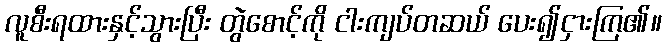
လူစီးရထားနှင့်သွားပြီး တွဲစောင့်ကို ငါးကျပ်တဆယ် ပေး၍ငှားကြ၏။